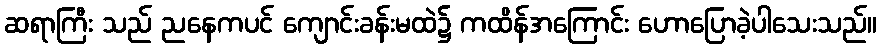
ဆရာကြီး သည် ညနေကပင် ကျောင်းခန်းမထဲ၌ ကထိန်အကြောင်း ဟောပြောခဲ့ပါသေးသည်။